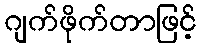
ဂျက်ဖိုက်တာဖြင့်